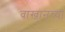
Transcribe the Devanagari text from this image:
वाखानच्या